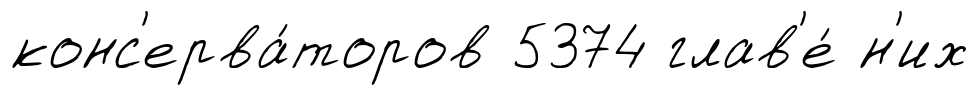
конс'ерва́торов 5374 глав'е́ н'их